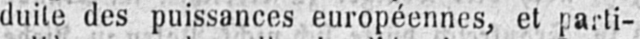
duite des puissances européennes, et parti-